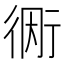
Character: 𫋭